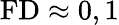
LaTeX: \mathrm{FD\approx 0,1}